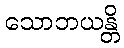
သောဘယန္တိ